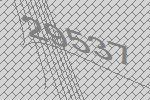
29537